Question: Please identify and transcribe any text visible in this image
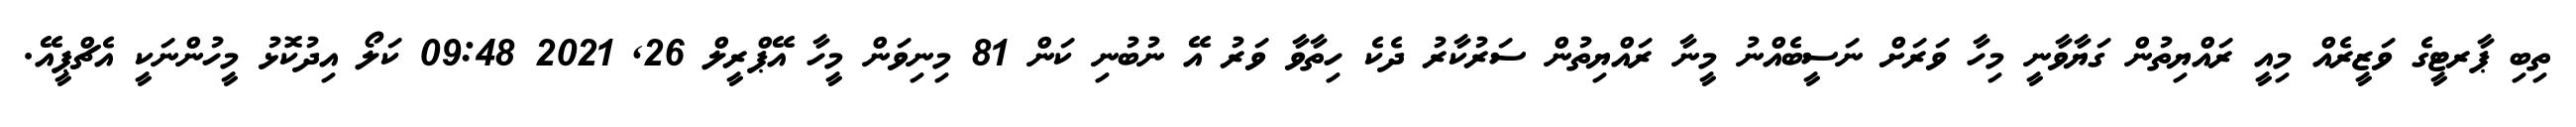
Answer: ތިބި ޕާރޓީގެ ވަޒީރެއް މިއީ ރައްޔިތުން ގަޔާވާނީ މިހާ ވަރަށް ނަސީބެއްނު މީނާ ރައްޔިތުން ސަރުކާރު ދެކެ ހިތާވާ ވަރު އޭ ނުބުނި ކަން 81 މިނިވަން މީހާ އޭޕްރީލް 26, 2021 09:48 ކަލޯ އިދުކޮޅު މީހުންނަކީ އެޗްޕީއޭ.